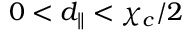
0 < d _ { \parallel } < \chi _ { c } / 2